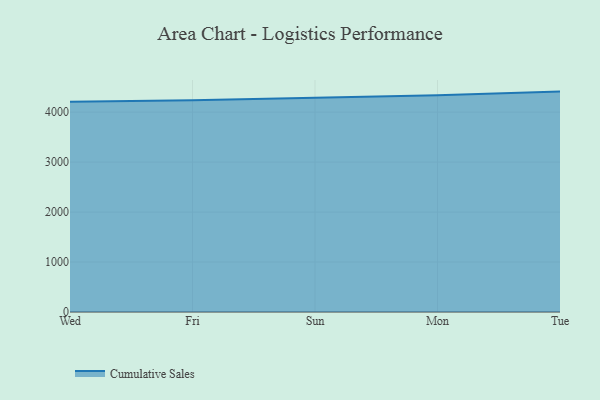
{"axis": {"x": "Day", "y": "Active Users"}, "legend": ["Cumulative Sales"], "data": [{"x": "Wed", "y": 4209.5, "type": "Cumulative Sales"}, {"x": "Fri", "y": 4239.8, "type": "Cumulative Sales"}, {"x": "Sun", "y": 4285.8, "type": "Cumulative Sales"}, {"x": "Mon", "y": 4335.2, "type": "Cumulative Sales"}, {"x": "Tue", "y": 4410.4, "type": "Cumulative Sales"}]}